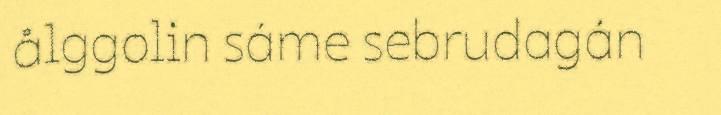
ålggolin sáme sebrudagán